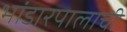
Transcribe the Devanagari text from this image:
भांडारपालाची